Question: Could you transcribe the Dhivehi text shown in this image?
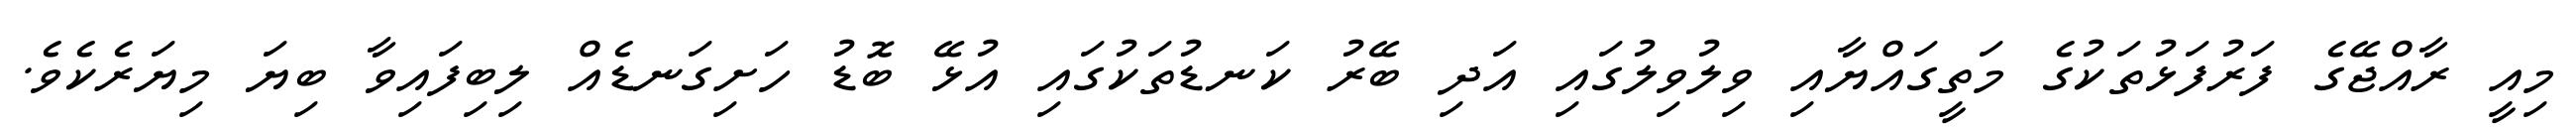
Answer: މިއީ ރާއްޖޭގެ ފަރުފަޅުތަކުގެ މަތީގައްޔާއި ވިލުވިލުގައި އަދި ބޭރު ކަނޑުތަކުގައި އުޅޭ ބޮޑު ހަށިގަނޑެއް ލިބިފައިވާ ބިޔަ މިޔަރެކެވެ.